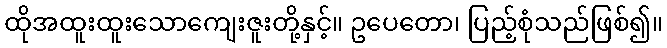
ထိုအထူးထူးသောကျေးဇူးတို့နှင့်။ ဥပေတော၊ ပြည့်စုံသည်ဖြစ်၍။